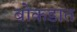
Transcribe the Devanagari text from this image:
बोकडात